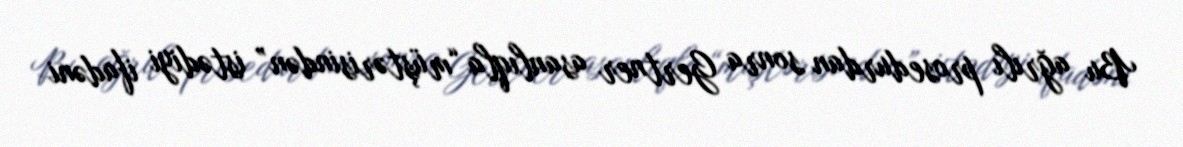
Bu ağrılı prosedurdan sonra Gertner asanlıqla “müştərisindən” istədiyi ifadəni